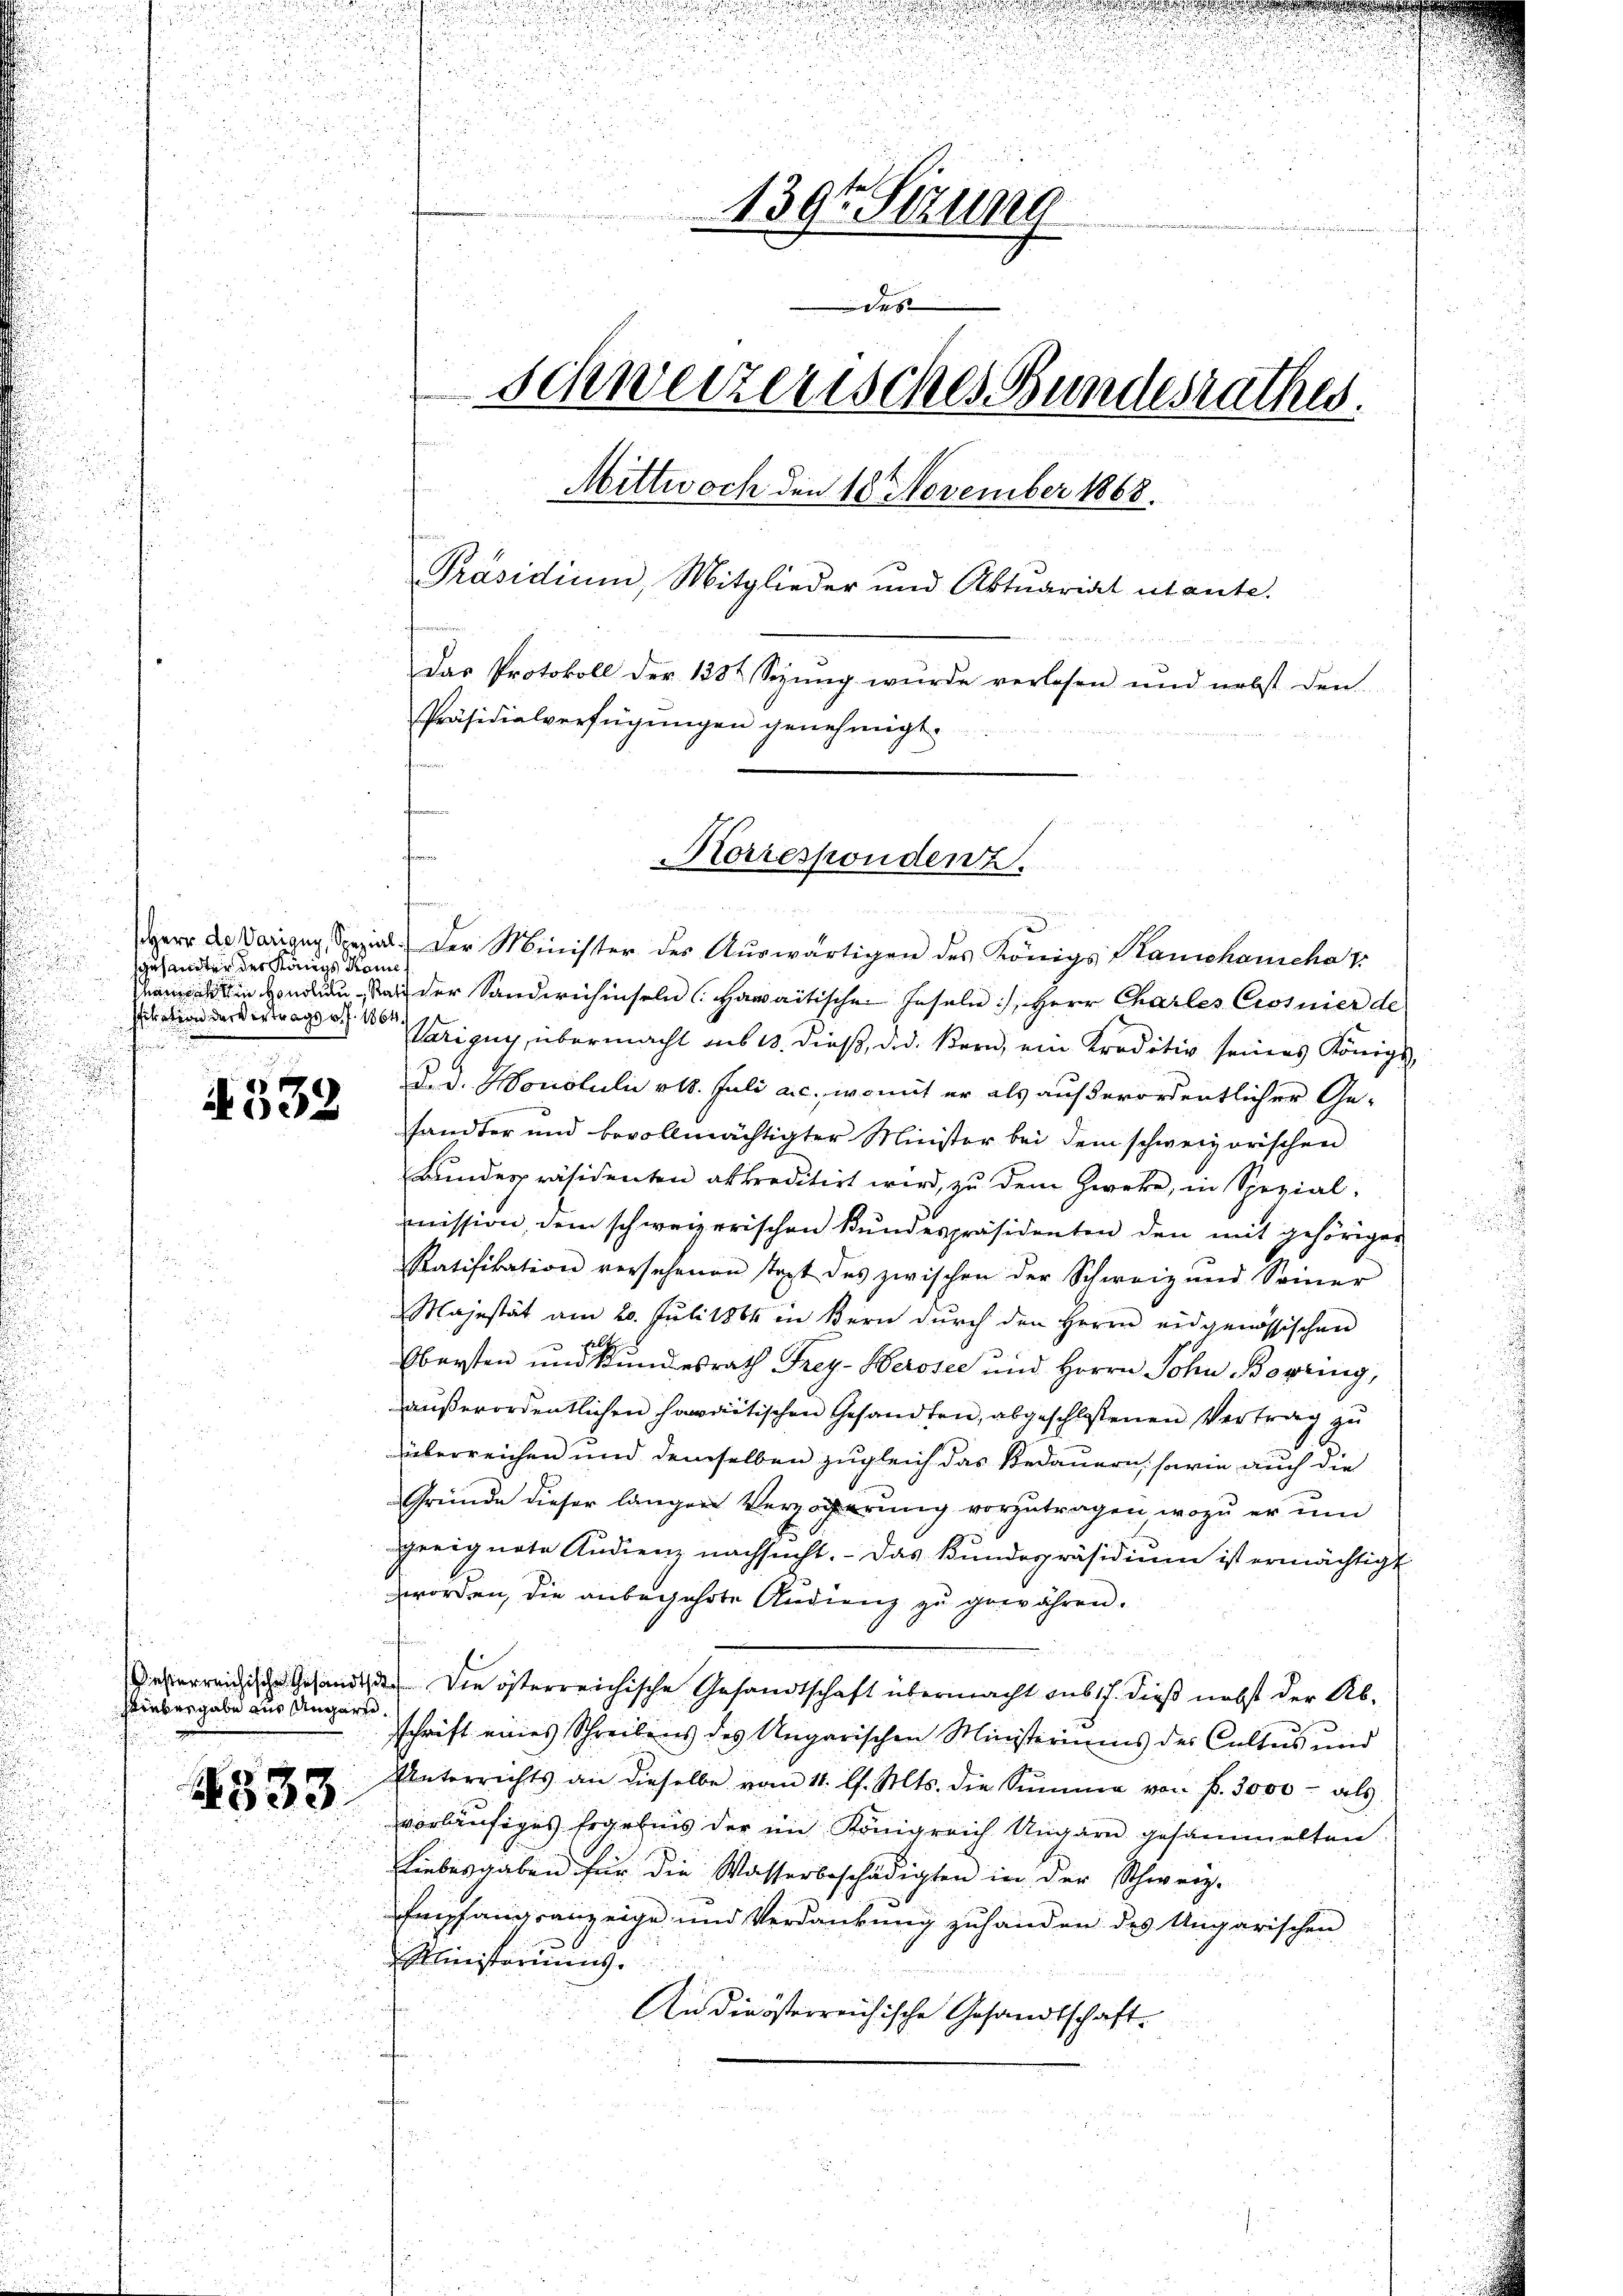
u
gesandter des Königs Kome
sfikation der Vertrags v. J. 1864.

i. 539

hirnbergabe aus Ungarte

4833.

.
n
u
d

u

e
n
u

155.
.
139t Setzung
Sus
Schweizerisches Bundesrathes.

Mittwoch den 18 November 1868.
Präsidium, Mitglieder und Aktuariat tante.
fammen.
Das Protokoll der 1382 Sepung wurde verlesen und nebst den
Präsidialverfügungen genehmigt.

Korrespondent

f
Herr de Varigny, Spezial. Der Minister des Aŭswärtigen des Königs Stamchanscha v
n Hand an der Sandwechiseln (Hawaitischen Inseln, Herr Charles Crosnier de
Varigny, übermacht aus 13. dieß, did. Bern, ein Kreditiv seines Königl
d.d. Monotuli 18. Juli a.c., womit er als außerordentlicher Ge-
handter und bevollmächtigter Minister bei dem schweiz orischen
Bundespräsidenten abkreditirt wird, zu dem Zweke, in Spezialmission dem schweizerischen Kŭndespräsidenten den mit gehörigen
Ratifikation versehenen Text des zwischen der Schweiz und Seiner
Majestät am 20. Juli 1864 in Bern dŭrch den Herrn eidgenössischen
Obersten und Kundesrath Frey- Herosee und Herrn Sohn Borring,
außerordentlichen soweitischen Gesandten, abgeschlossenen Vertrag zu
überreichen und demselben zugleich das Bedauern, sowie auch die
Gründe dieser langen Verzögerung vorzutragen, wozu er um
geeignete Audienz nachsucht. - Das Kundepräsidium ist ermächtigt
worden, die anbegehrte Andienz zu gewähren.
deperreichische Gesandte. Die österreichische Gesandtschaft übermacht aus 17. dieß nebst der Absschrift eines Schreibens des Ungarischen Ministeriums des Cultus und
Unterrichts an dieselbe vom 11. l. Mts. die Summe von f. 3000 - als
vorläufiges Ergebnis der im Königreich Ungarn gesammelten
Liebesgaben für die Wasserbeschädigten in der Schweiz.
u
Empfangsanzeige und Verdankung zuhanden des Ungarischen
Ministeriums.
An die österreichische Gesandtschaft.